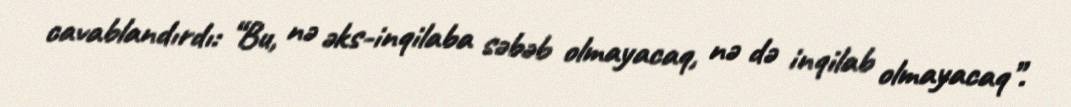
cavablandırdı: “Bu, nə əks-inqilaba səbəb olmayacaq, nə də inqilab olmayacaq”.